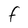
Character: F